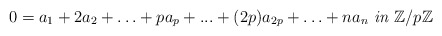
\begin{align*}0= a_{1}+2a_{2}+\ldots+pa_{p}+...+(2p)a_{2p}+\ldots+ na_{n} \textit{ in } \mathbb{Z}/p\mathbb{Z}\end{align*}